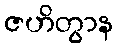
ဇဟိတွာန